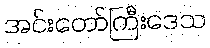
အင်းတော်ကြီးဒေသ